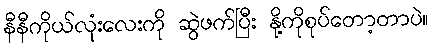
နီနီကိုယ်လုံးလေးကို ဆွဲဖက်ပြီး နို့ကိုစုပ်တော့တာပဲ။